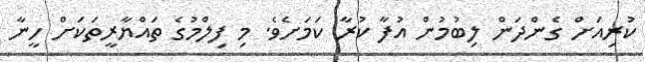
ކުރިއަށް ގެންދަން ލިބުމުން އުފާ ކުރާ ކަމަށެވެ. މި ފިލްމުގެ ތައްޔާރީތަކަށް ހީނާ